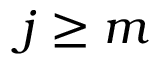
j \ge m